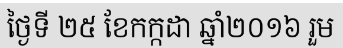
ថ្ងៃទី ២៥ ខែកក្កដា ឆ្នាំ២០១៦ រួម